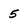
Character: 5